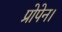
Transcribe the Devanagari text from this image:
प्रोपेन।